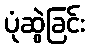
ပုံဆွဲခြင်း